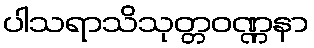
ပါသရာသိသုတ္တဝဏ္ဏနာ